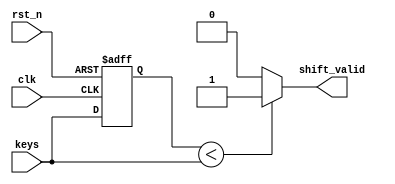
`timescale 1ns / 1ps
//////////////////////////////////////////////////////////////////////////////////
// Company: 
// Engineer: 
// 
// Design Name: 
// Module Name: shift_valid
// Project Name: 
// Target Devices: 
// Tool Versions: 
// Description: 
// 
// Dependencies: 
// 
// Revision:
// Revision 0.01 - File Created
// Additional Comments:
// 
//////////////////////////////////////////////////////////////////////////////////


module shift_valid(
    input clk,
    input rst_n,
    input [9:0]keys,
    output reg shift_valid
    );
    reg [9:0]key_down_temp;

always @(posedge clk or negedge rst_n)
    if (~rst_n)  key_down_temp <= 0;
    else key_down_temp <= keys;
always @*
    if (key_down_temp < keys)  shift_valid  = 1'd1;
    else  shift_valid  <= 1'd0;


endmodule